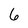
Character: 6